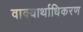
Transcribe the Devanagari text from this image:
वाक्यार्थाधिकरण